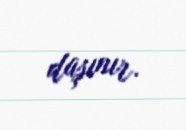
daşınır.